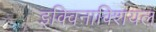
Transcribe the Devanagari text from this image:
इक्विनाक्शियल